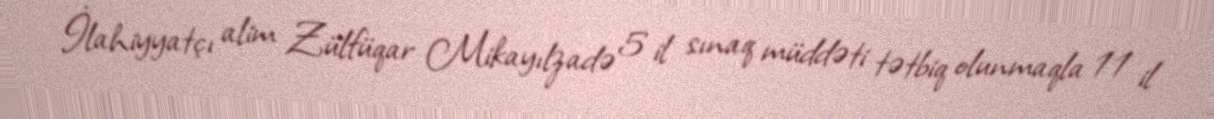
İlahiyyatçı alim Zülfüqar Mikayılzadə 5 il sınaq müddəti tətbiq olunmaqla 11 il